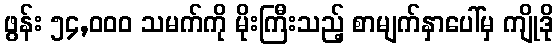
ဖွန်း ၅၄,၀၀၀ သမက်ကို မိုးကြီးသည့် စာမျက်နှာပေါ်မှ ကျိုဒို